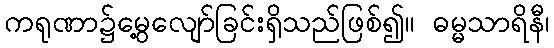
ကရုဏာ၌မွေ့လျော်ခြင်းရှိသည်ဖြစ်၍။ ဓမ္မသာရိနီ၊